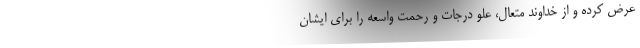
عرض کرده و از خداوند متعال، علوّ درجات و رحمت واسعه را برای ایشان